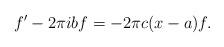
LaTeX: \begin{align*}f'-2 \pi i b f = -2 \pi c(x-a) f.\end{align*}